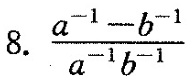
8.$$\frac { a ^ { - 1 } - b ^ { - 1 } } { a ^ { - 1 } b ^ { - 1 } }$$